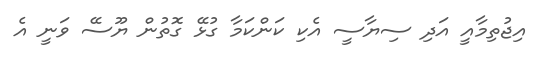
އިޖުތިމާއީ އަދި ސިޔާސީ އެކި ކަންކަމާ ގުޅޭ ގޮތުން ޔޫސޭ ވަނީ އެ